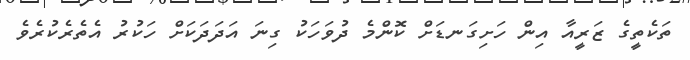
ތަކެތީގެ ޒަރީއާ އިން ހަށިގަނޑަށް ކޮންމެ ދުވަހަކު ގިނަ އަދަދަކަށް ހަކުރު އެތެރެކުރެވެ